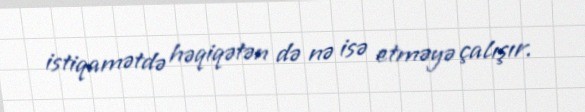
istiqamətdə həqiqətən də nə isə etməyə çalışır.